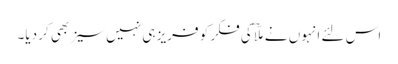
اس لئے انہوں نے ملّاؔ کی فکر کو فریز ہی نہیں سیز بھی کر دیا۔